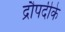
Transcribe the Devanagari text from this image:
द्रौपदीके